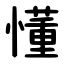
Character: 懂